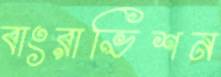
বাংরাভিশন